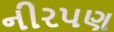
નીરપણ